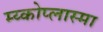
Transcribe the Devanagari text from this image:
म्य्कोप्लास्मा